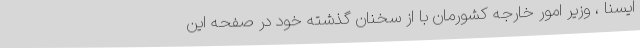
ایسنا ، وزیر امور خارجه کشورمان با از سخنان گذشته خود در صفحه این